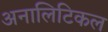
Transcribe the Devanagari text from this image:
अनालिटिकल